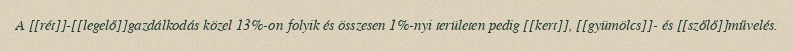
A [[rét]]-[[legelő]]gazdálkodás közel 13%-on folyik és összesen 1%-nyi területen pedig [[kert]], [[gyümölcs]]- és [[szőlő]]művelés.